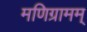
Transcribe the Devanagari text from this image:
मणिग्रामम्